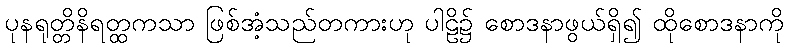
ပုနရုတ္တိနိရတ္ထကသာ ဖြစ်အံ့သည်တကားဟု ပါဠိ၌ စောဒနာဖွယ်ရှိ၍ ထိုစောဒနာကို